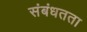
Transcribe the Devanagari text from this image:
संबंधतता